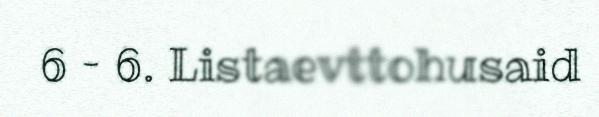
6 – 6. Listaevttohusaid